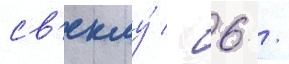
св'еклу́ - 6 /